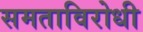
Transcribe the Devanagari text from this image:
समताविरोधी